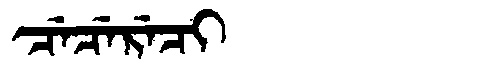
Manchu: ᠴᡝᠴᡝᡵᡝᠴᡳ
Romanization: CECERECI